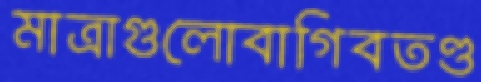
মাত্রাগুলোবাগিবতণ্ড